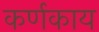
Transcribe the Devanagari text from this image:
कर्णकाय